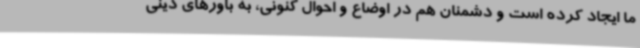
ما ایجاد کرده است و دشمنان هم در اوضاع و احوال کنونی، به باورهای دینی